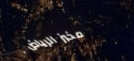
مخبز الرياض